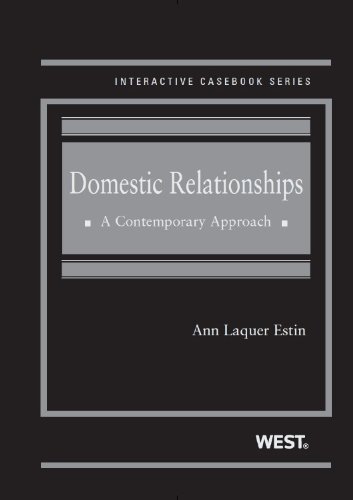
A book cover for Domestic Relationships: A Contemporary Approach (Interactive Casebook Series); Ann Estin; Law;